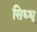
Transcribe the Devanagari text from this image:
सिध्धू